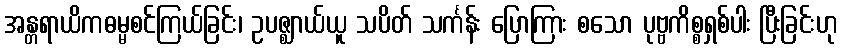
အန္တရာယိကဓမ္မစင်ကြယ်ခြင်း၊ ဥပဇ္ဈာယ်ယူ သပိတ် သင်္ကန်း ပြောကြား စသော ပုဗ္ဗကိစ္စရှစ်ပါး ပြီးခြင်းဟု